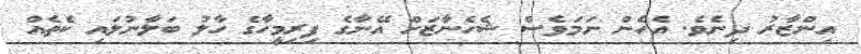
އިންޒާރު ދިނެވެ. އެހެން ނަމަވެސް ޝެހެނާޒަށް އޭނާގެ ފިރިމީހާގެ ހާލު ބަލާނުލައި ކެތެއް